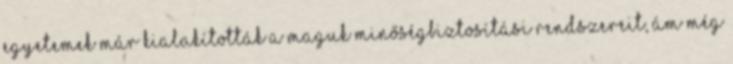
egyetemek már kialakították a maguk minőségbiztosítási rendszereit, ám még